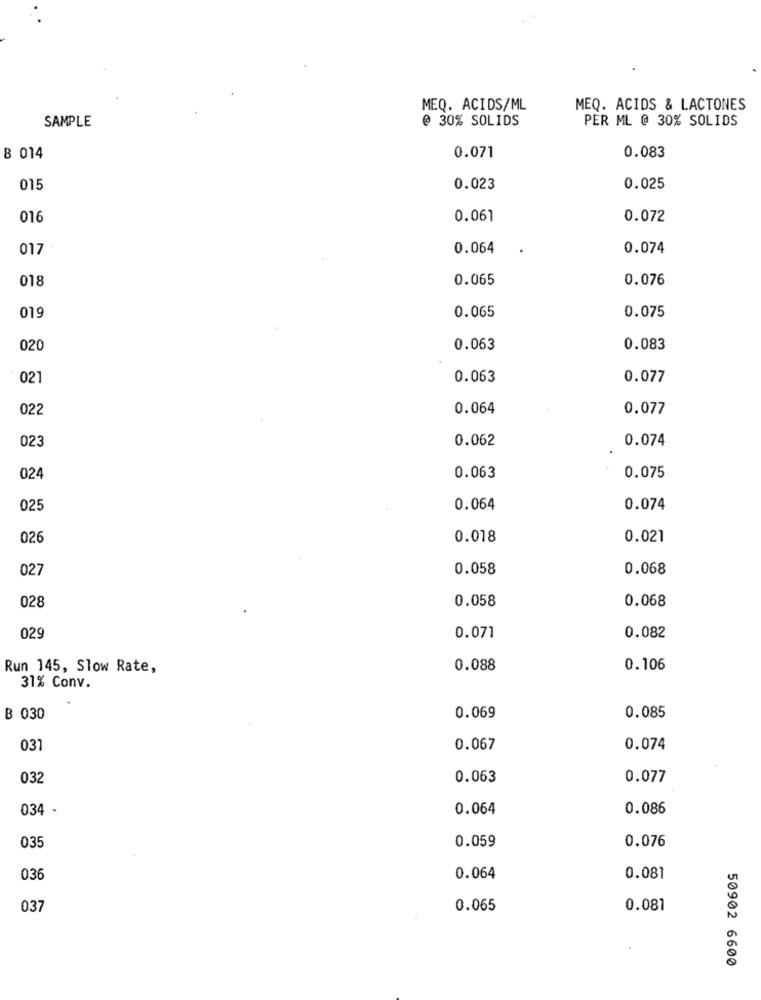
MEQ. ACIDS/ML
MEQ. ACIDS & LACTONES
SAMPLE
@ 30% SOLIDS
PER ML @ 30% SOLIDS
B 014
0.071
0.083
015
0.023
0.025
016
0.061
0.072
017
0.064
0.074
018
0.065
0.076
0.065
019
0.075
020
0.063
0.083
021
0.063
0.077
022
0.064
0.077
023
0.062
0.074
02
0.063
0.075
025
0.064
0.074
02
0.018
0.021
027
0.058
0.068
028
0.058
0.068
029
0.071
0.082
Run 145, Slow Rate,
0.088
0.106
31% Conv.
B 030
0.069
0.085
031
0.067
0.074
032
0.063
0.077
034 -
0.064
0.086
0.059
0.076
035
036
0.064
0.081
037
0.065
0.081
50902 6600